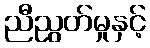
ညီညွတ်မှုနှင့်